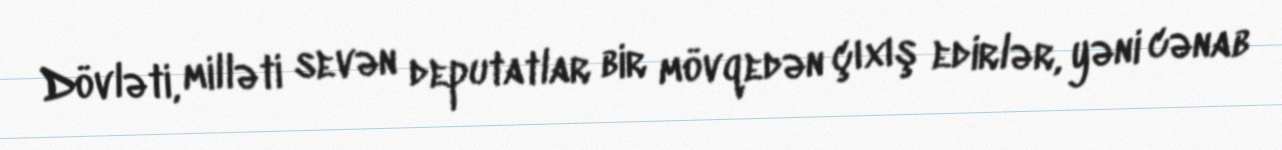
Dövləti, milləti sevən deputatlar bir mövqedən çıxış edirlər, yəni cənab